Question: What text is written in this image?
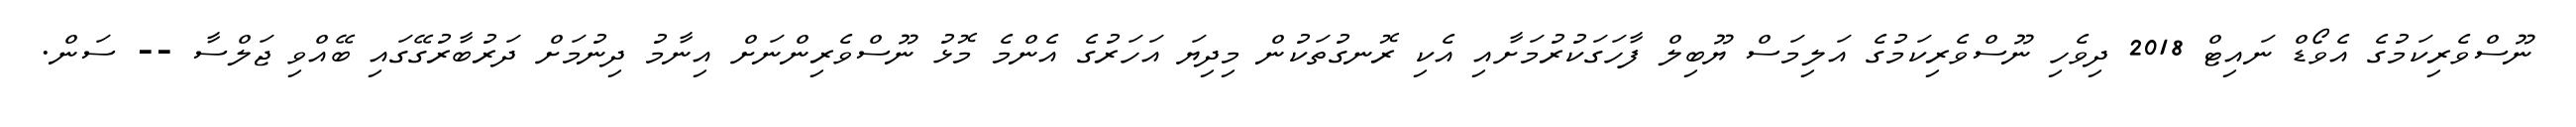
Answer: ނޫސްވެރިކަމުގެ އެވޯޑް ނައިޓް 2018 ދިވެހި ނޫސްވެރިކަމުގެ އަލިމަސް ޔޫބިލް ފާހަގަކުރުމަށާއި އެކި ރޮނގުތަކުން މިދިޔަ އަހަރުގެ އެންމެ މޮޅު ނޫސްވެރިންނަށް އިނާމު ދިނުމަށް ދަރުބާރުގޭގައި ބޭއްވި ޖަލްސާ -- ސަން.